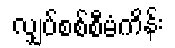
လျှပ်စစ်စီမံကိန်း